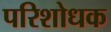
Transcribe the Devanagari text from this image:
परिशोधक